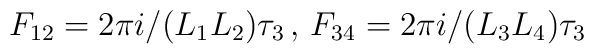
F_{1 2}=2 \pi i / (L_1 L_2) \tau_3 \, , \, F_{3 4}=2 \pi i / (L_3 L_4) \tau_3